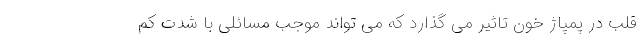
قلب در پمپاژ خون تاثیر می گذارد که می تواند موجب مسائلی با شدت کم